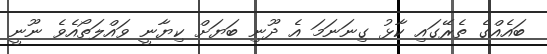
ބައެއްގެ ތެރޭގައި ކާޅު ގިނަނަމަ އެ ދޫނި ބަޔަށް ކިޔާނީ ވައްލަތޯއެވެ ނޫނީ